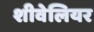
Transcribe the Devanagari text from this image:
शीवेलियर